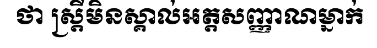
ថា ស្ត្រីមិនស្គាល់អត្តសញ្ញាណម្នាក់